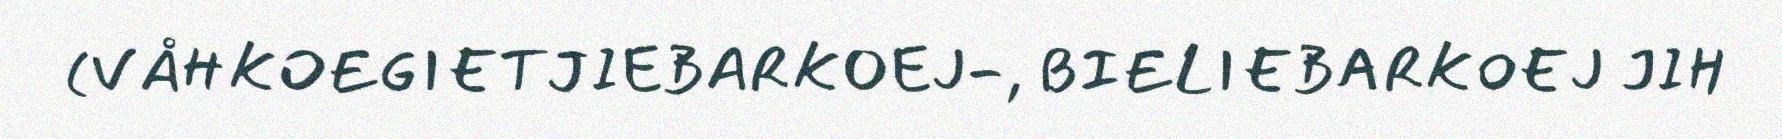
(VÅHKOEGIETJIEBARKOEJ-, BIELIEBARKOEJ JIH